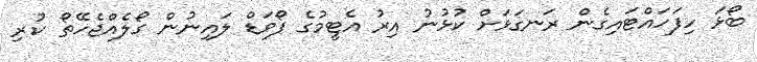
ބޯޅަ ހިފަހައްޓައިގެން ރަނގަޅަށް ކުޅުނު އިރު އެޓީމުގެ ފޯވަޑް ލައިނުން ގޯލެއްޖެހޭތޯ ކުރި